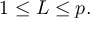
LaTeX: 1 \leq L \leq p .